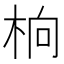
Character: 𬂭